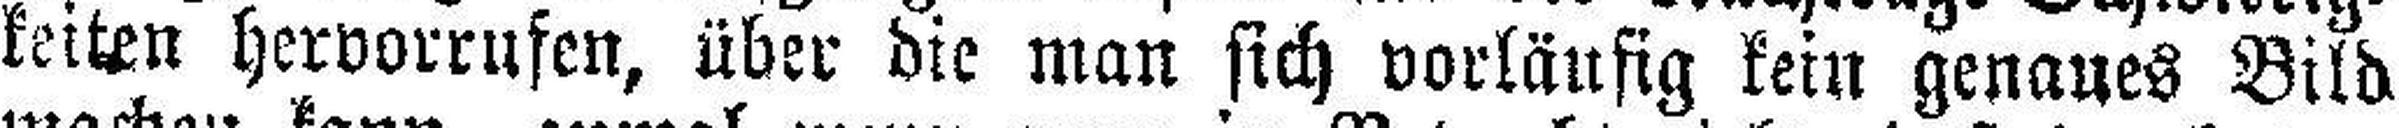
keiten hervorrufen, über die man sich vorläufig kein genaues Bild